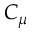
C _ { \mu }